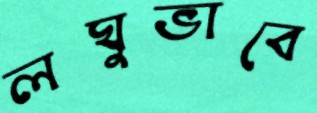
লঘুভাবে